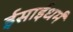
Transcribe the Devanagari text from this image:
ईसाईधर्मं